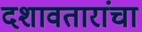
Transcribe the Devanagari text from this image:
दशावतारांचा